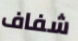
شفاف